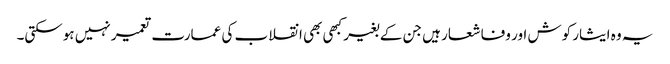
یہ وہ ایثار کوش اور وفا شعار ہیں جن کے بغیر کبھی بھی انقلاب کی عمارت تعمیر نہیں ہوسکتی۔